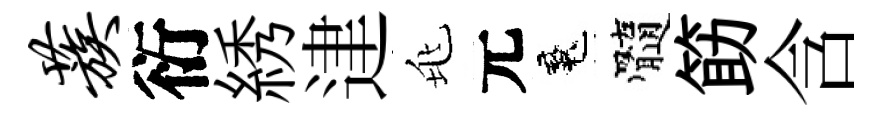
蔟衍綉䢖兆元魂髓筯含